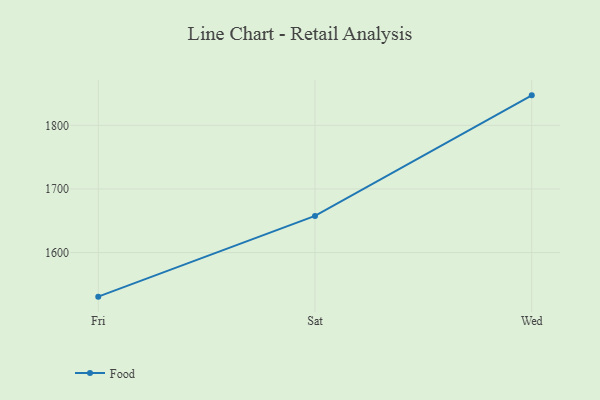
{"axis": {"x": "Day", "y": "Churn Rate (%)"}, "legend": ["Food"], "data": [{"x": "Fri", "y": 1530.7, "type": "Food"}, {"x": "Sat", "y": 1657.6, "type": "Food"}, {"x": "Wed", "y": 1847.1, "type": "Food"}]}